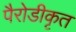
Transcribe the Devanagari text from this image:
पैरोडीकृत